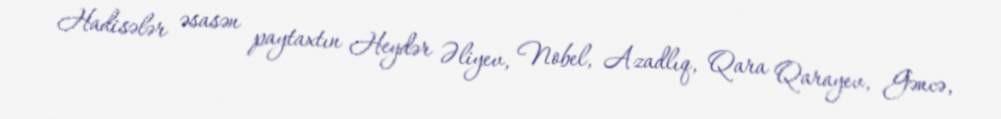
Hadisələr əsasən paytaxtın Heydər Əliyev, Nobel, Azadlıq, Qara Qarayev, Gəncə,